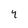
Character: 4